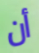
أن